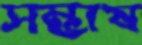
সম্ভাষ